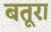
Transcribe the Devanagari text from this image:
बतूरा